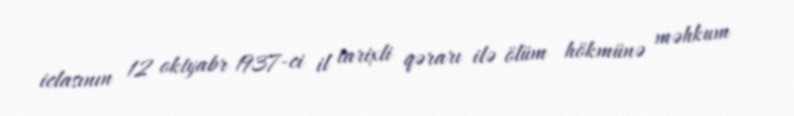
iclasının 12 oktyabr 1937-ci il tarixli qərarı ilə ölüm hökmünə məhkum